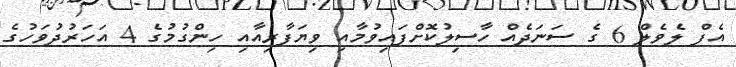
އެފް ލެވެލް 6 ގެ ސަނަދެއް ހާސިލުކޮށްފައިވުމާއި ވިޔަފާރިއާއި ހިންގުމުގެ 4 އަހަރުދުވަހުގެ